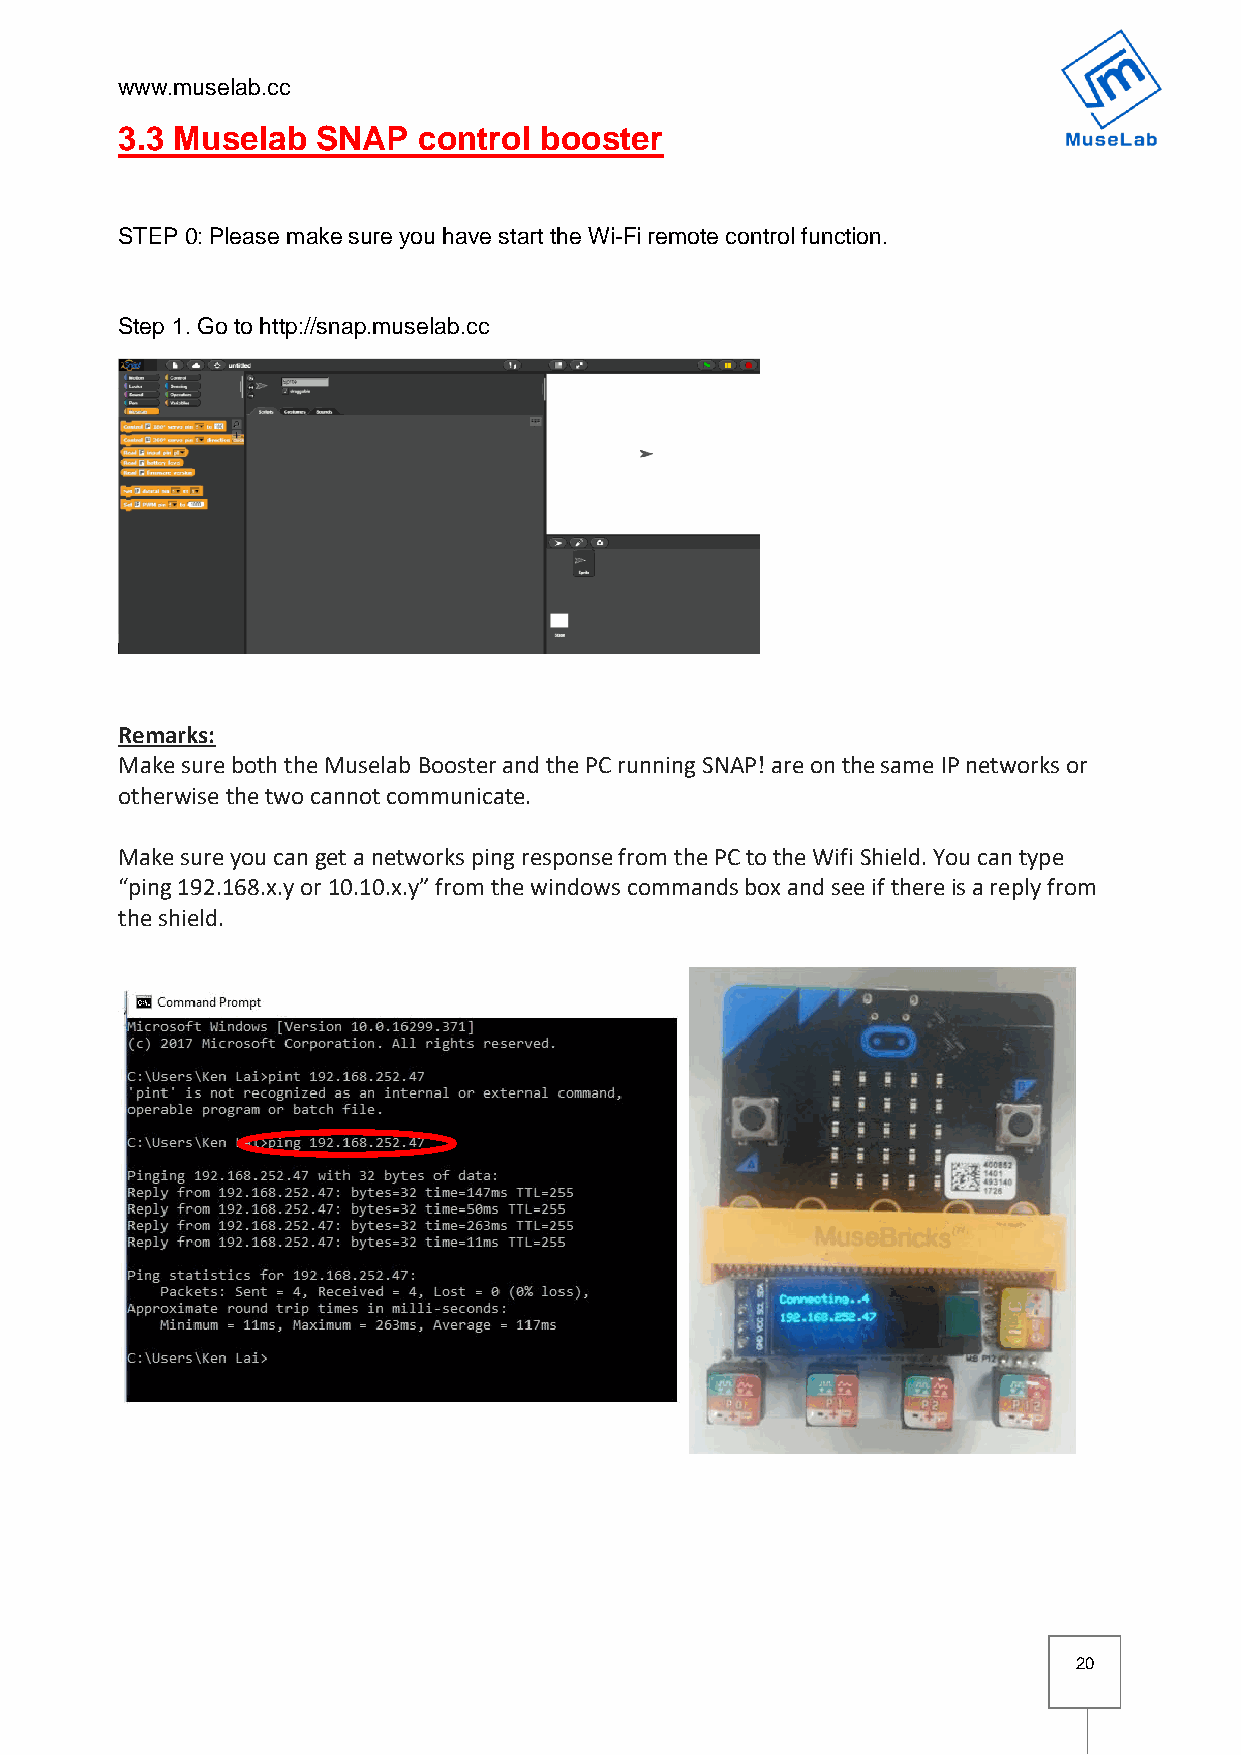
www.muselab.cc
 3.3 Muselab  SNAP   control booster
 STEP 0: Please make sure you have start the Wi-Fi remote control function.
 Step 1. Go to http://snap.muselab.cc
 Remarks:
 Make sure both the Muselab Booster and the PC running SNAP! are on the same IP networks or
 otherwise the two cannot communicate.
 Make sure you can get a networks ping response from the PC to the Wifi Shield. You can type
 “ping 192.168.x.y or 10.10.x.y” from the windows commands box and see if there is a reply from
 the shield.
 20